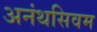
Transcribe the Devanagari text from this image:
अनंथसिवम